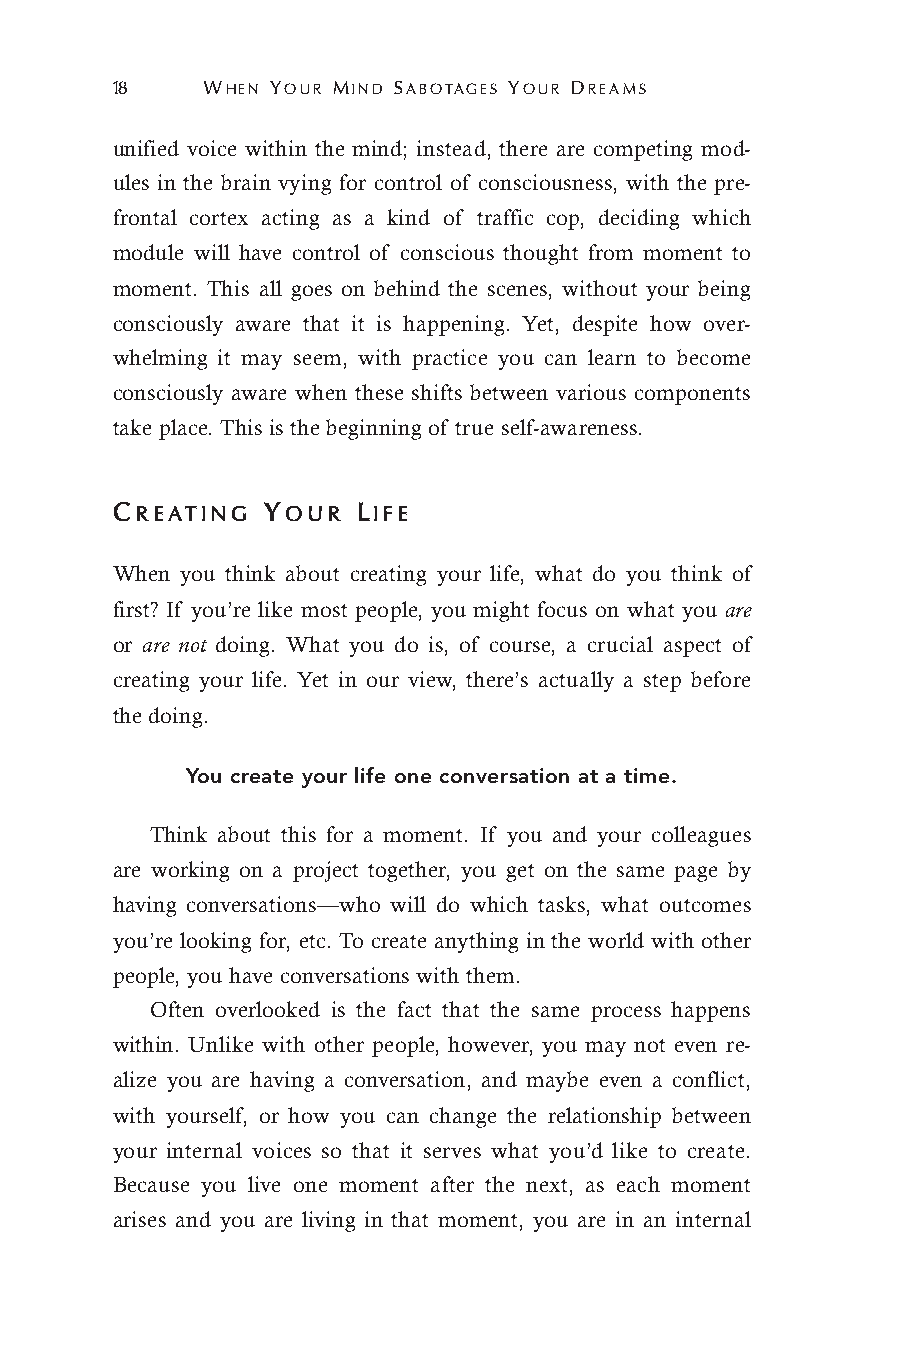
18    WHEN YOUR MIND SABOTAGES YOUR DREAMS
 unified voice within the mind; instead, there are competing mod-
 ules in the brain vying for control of consciousness, with the pre-
 frontal cortex acting as a kind of traffic cop, deciding which
 module will have control of conscious thought from moment to
 moment. This all goes on behind the scenes, without your being
 consciously aware that it is happening. Yet, despite how over-
 whelming it may seem, with practice you can learn to become
 consciously aware when these shifts between various components
 take place. This is the beginning of true self-awareness.
 CREATING  YOUR   LIFE
 When you think about creating your life, what do you think of
 first? If you’re like most people, you might focus on what you are
 or are not doing. What you do is, of course, a crucial aspect of
 creating your life. Yet in our view, there’s actually a step before
 the doing.
 You create your life one conversation at a time.
 Think about this for a moment. If you and your colleagues
 are working on a project together, you get on the same page by
 having conversations—who will do which tasks, what outcomes
 you’re looking for, etc. To create anything in the world with other
 people, you have conversations with them.
 Often overlooked is the fact that the same process happens
 within. Unlike with other people, however, you may not even re-
 alize you are having a conversation, and maybe even a conflict,
 with yourself, or how you can change the relationship between
 your internal voices so that it serves what you’d like to create.
 Because you live one moment after the next, as each moment
 arises and you are living in that moment, you are in an internal